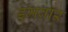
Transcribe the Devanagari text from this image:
इमबार